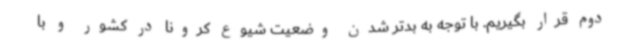
دوم قرار بگیریم. با توجه به بدتر شدن وضعیت شیوع کرونا در کشور و با